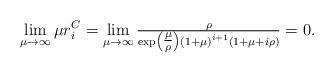
LaTeX: \begin{align*}\lim_{\mu\rightarrow\infty} \mu r_i^C =\lim_{\mu\rightarrow\infty} \tfrac{\rho}{\exp\left(\tfrac{\mu}{\rho}\right)\left(1+\mu\right)^{i+1}\left(1+\mu+i\rho\right)}=0.\end{align*}